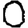
Digit: 0